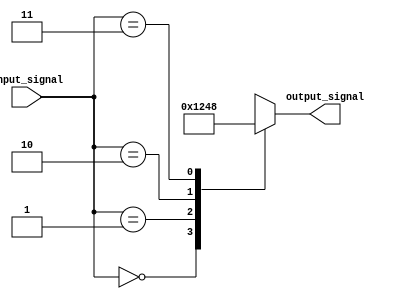
module parallel_case_statement (
    input wire [1:0] input_signal,
    output reg [3:0] output_signal
);

always @*
begin
    case (input_signal)
        2'b00: begin
            output_signal = 4'b0001;
        end
        2'b01: begin
            output_signal = 4'b0010;
        end
        2'b10: begin
            output_signal = 4'b0100;
        end
        2'b11: begin
            output_signal = 4'b1000;
        end
        default: begin
            output_signal = 4'b0000;
        end
    endcase
end

endmodule